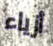
أزياء